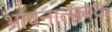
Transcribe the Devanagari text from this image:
भावनात्मबक